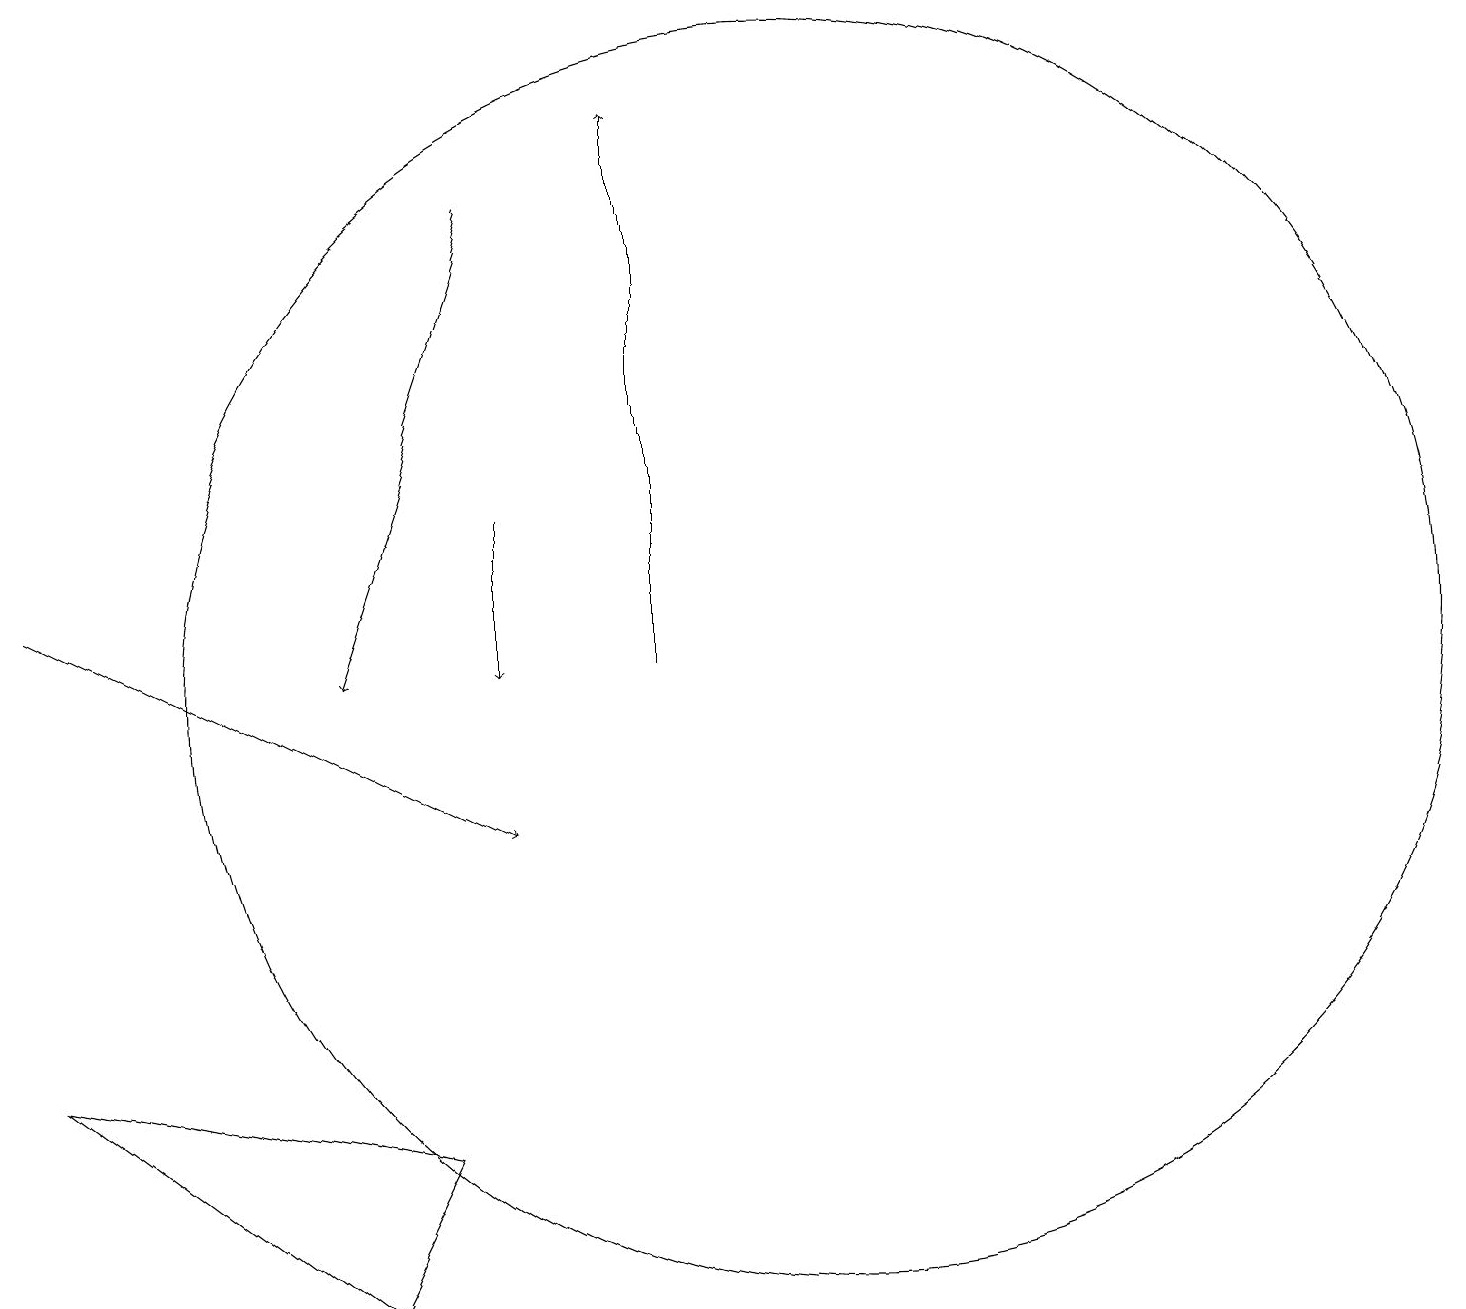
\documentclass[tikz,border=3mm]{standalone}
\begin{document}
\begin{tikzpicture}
\draw (4,4) -- (0,7) -- (5,6) -- cycle;
\draw[->] (6,18) -- (4,12);
\draw[->] (8,12) -- (8,19);
\draw (10,12) circle (8);
\draw[->] (0,13) -- (6,10);
\draw[->] (6,14) -- (6,12);
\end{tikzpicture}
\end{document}